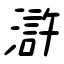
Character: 滸